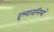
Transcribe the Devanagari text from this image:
द्दश्यावलियां